Lunatic asylums United Provinces 1899-1908 - 1899-1908
Year: 1899
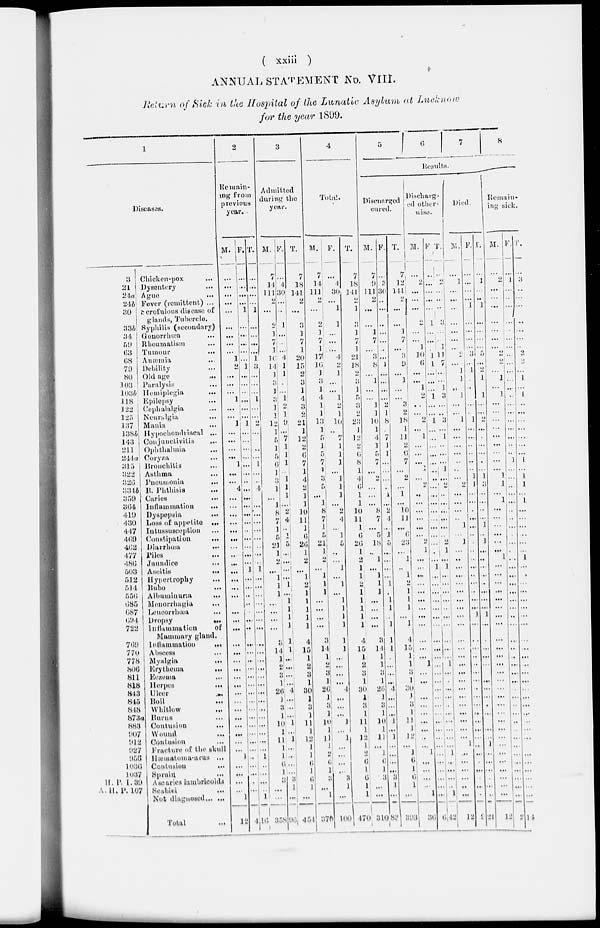
( xxiii )
ANNUAL STATEMENT No. VIII.
Return of Sick in the Hospital of the Lunatic Asylum at Lucknove
for the year 1899.
1
Diseases.
3
21
24a
24b
30
33b
34
59
63
68
79
80
103
103 b
118
122
125
137
138 b
143
211
244 a
315
322
326
334b
359
364
419
430
447
469
462
477
486
503
512
514
556
685
687
694
722
769
770
778
806
811
818
843
845
848
873a
883
907
912
927
956
1036
1037
H. P. I. 39
A. H. P. 107
Chicken-pox
Dysentery ...
Ague
Fever (remittent) ...
Scrofulous disease of
glands, Tubercle.
Syphilis (sccondary)
Gonorrhœa ...
Rheumatism ...
Tumour
...
Anæmia ...
Debility
Old age ...
Paralysis
Hemiplegia
...
Epilepsy
Cephalalgia ...
Neuralgia
...
Mania
Hypochondriacal ...
Conjunctivitis
Ophthalmia
Coryza ...
Bronchitis ...
Asthma
Pneumonia ...
B. Phthisis ...
Caries
Inflammation ...
Dyspepsia
Loss of appetite ...
Intussusception ...
Constipation ...
Diarrhœa
...
Piles
...
Jaundice ...
Ascitis
...
Hypertrophy
Bubo
...
Albuminuria
...
Monorrhagia ...
Leucorrhœa
...
Dropsy ...
Inflammation
of ...
Mammary gland. ...
Inflammation
...
Abscess ...
Myalgia ...
Erythema
...
Eezema ...
Herpes ...
Ulcer
...
Boil
...
Whitlow
...
Burus ...
Contusion
...
Wound ...
Contusion ...
Fracture of the skull ...
Hæmatoma-arus ...
Contusion
...
Sprain ...
Ascaries lambricoids
Scabiei
...
Not diagnosed ... ...
Total
...
2
Remain-
ing from
previous
year.
M.
...
...
...
...
...
...
...
...
...
1
2
...
...
...
1
...
...
1
...
...
...
...
1
...
...
4
...
...
...
...
...
...
...
...
...
...
...
...
...
...
...
...
...
...
...
...
...
...
...
...
...
...
...
...
...
...
...
1
...
...
...
...
1
12
F.
...
...
...
...
1
...
...
...
...
...
1
...
...
...
...
...
...
1 ...
...
...
...
...
...
...
...
...
...
...
...
...
...
...
...
...
1
...
...
...
...
...
...
...
...
...
...
...
...
...
...
...
...
...
...
...
...
...
...
...
...
...
...
...
4
T.
...
...
...
...
1
...
...
...
...
1
3
...
...
...
1
...
...
2
...
...
...
...
1
...
...
4
...
...
...
...
...
...
...
...
...
1
...
...
...
...
...
...
...
... ...
...
...
...
...
...
...
...
...
...
...
...
...
1
...
...
...
...
1
16
3
Admitted
during the
year.
M.
7
14
111
2
...
2
1
7
1
16
14
1
3
1
3
1
1
12
1
5
1
5
6
1
3
1
... 1
8
7
1
5
21
1
2
...
1
1
1
...
...
...
...
3
14
1
2
3
1
26
1
3
1
10
1
11
1
1
6
1
3
...
...
358
F.
...
4
30 ...
...
1
...
...
...
4
1
1
...
...
1
2
1
9
...
7
1
1
1
1
1
1
...
2
4
...
1
5
...
...
...
...
1
...
1
1
1
1
1
1
...
...
...
...
4
...
...
...
1
.,
1
...
...
...
...
3
1
...
96
T.
7
18
141
2
...
3
1
7
1
20
15
2
3
1
4
3
2
21
1
12
2
6
7
1
4
2
1
1
10
11
1
6
26
1
2
...
1
2
1
1
1
1
1
1
4
15
1
2
3
1
30
1
3
1
11
1
12
1
1
6
1
6
1
...
451
4
Total.
M.
7
14
111
2
...
2
1
7
1
17
16
1
3
1
4
1
1
13
1
5 1
5
7
1
3
5
... 1
8
7
1
5
21
1
2
...
1 1
1
1
...
...
...
3
14
1
2
3 1
26
1
3 1
10
1
11
1
2
6
1
3
...
1
370
F.
...
4
30
...
1
1
...
...
...
4
2
1
...
...
1
2
1
10
..
7
1
1
1
...
1
1
1
...
2
4
...
1
5
...
...
1
...
1
...
1
1
1
1
1
1
...
...
...
...
4
...
...
...
1
...
1
...
...
...
...
3
1
...
100
T.
7
18
141
2
1
3
1
7
1
21
18
2
3
1
5
3
2
23
1
12
2
6
8
1
4
6
1
1
10
11
1
6
26
1
2
1
1
2
1
1
1
1
1
4
15
1
2
3
1
30
1
3
1
11
1
12
1
2
6
1
6
1
1
470
5 6
7
8
Results.
Discharged
cured.
M.
7
!l
111
2
...
...
1
7
...
3
8
1
...
...
1
1
10
1
4
1
5
7
...
...
...
...
...
8
7
...
5
18
...
1
...
1
1
1
...
...
...
...
3
14
1
1
3
1
26
1
3 1
10
1
11
...
1
6
1
3
...
...
310
F.
...
3
30
...
...
...
...
...
...
...
1
...
....
...
...
2
1
8
7
1
1
...
...
...
...
1
...
2
4
...
1
5
...
...
...
...
1
...
1
1
...
1
1
1
...
...
...
...
4
...
...
...
1
...
1
...
...
...
...
3 1
...
83
T.
7
12
141
2
...
...
1
7
...
3
9
...
1
...
...
3
2
18
1
11
2
6
7
...
...
...
1
...
10
11
...
6
23
...
1
...
1
2
1
1
1
...
1
4
15
1
1
3
1
30
1
3
1
11
1
12
...
1
6
1
6
1
...
393
Discharg-
ed other-
wise.
M.
...
2
...
...
...
2
...
...
1
10
6
...
...
1
2
...
...
2
...
1
...
...
...
1
2
...
...
...
...
...
...
2
1
...
...
...
...
...
...
...
...
...
...
...
...
1
...
...
...
...
...
...
...
...
...
...
1
...
...
...
...
1
36
F.
...
...
...
...
...
1
...
...
...
1
1
...
...
...
1
...
...
1
...
...
...
...
...
...
...
...
...
...
...
...
...
...
...
...
...
1
...
...
...
...
...
...
...
...
...
...
...
...
...
...
...
...
...
...
...
...
...
...
...
...
...
...
...
6
T.
...
2
...
...
...
3
...
...
1
11
7
...
1
3
...
...
3
...
1
...
...
...
1
...
2
...
...
...
...
...
...
2
1
...
1
...
...
...
...
...
...
...
...
...
...
1
...
...
...
...
...
...
...
...
...
..
1
...
..
...
...
...
42
Died.
M.
...
1
...
...
...
...
...
...
...
2
...
1
1
...
1
...
...
1
...
...
...
...
...
...
...
2
...
...
...
...
1
1
...
...
...
...
...
...
...
...
...
...
...
...
...
...
...
...
...
...
...
...
...
...
...
...
...
...
...
...
...
...
12
F.
...
...
...
...
1
...
...
...
...
3
...
1
...
...
...
...
...
1
...
...
...
...
...
...
1
1
...
...
...
...
...
...
...
...
...
...
..
...
..
...
...
1
...
...
...
...
...
...
...
...
...
...
...
...
...
...
...
...
...
...
...
...
...
9
T.
...
1
...
...
1
...
...
...
...
5
...
2
1
1
...
...
2
...
...
...
...
...
...
1
3
...
...
..
...
1
..
1
...
...
...
..
...
...
...
1
...
...
...
...
...
...
...
...
...
...
...
...
...
...
1
...
...
...
...
...
...
21
Remain-
ing sick.
M.
...
2
...
...
...
...
...
...
...
2
2
...
1
...
1
...
...
...
...
...
...
...
...
...
1
1
... 1
...
...
...
...
...
...
1
...
...
...
...
...
...
...
...
...
...
...
...
...
...
...
...
...
...
...
...
...
...
...
...
...
...
...
...
12
F.
...
1
...
...
...
...
...
...
...
...
...
...
...
...
...
...
...
...
...
...
...
...
1
...
...
...
...
...
...
...
...
...
...
...
...
...
...
...
...
...
...
...
...
...
...
...
...
...
...
...
...
...
...
...
...
...
...
...
...
...
...
...
..
2
T.
...
3
...
...
...
...
...
...
...
2
2
1
...
1
...
...
...
...
...
...
...
1
...
1
1
...
1
...
...
...
...
...
...
1
...
...
...
...
...
...
...
...
...
...
...
...
...
...
...
...
...
...
...
...
...
...
...
...
...
...
...
...
14